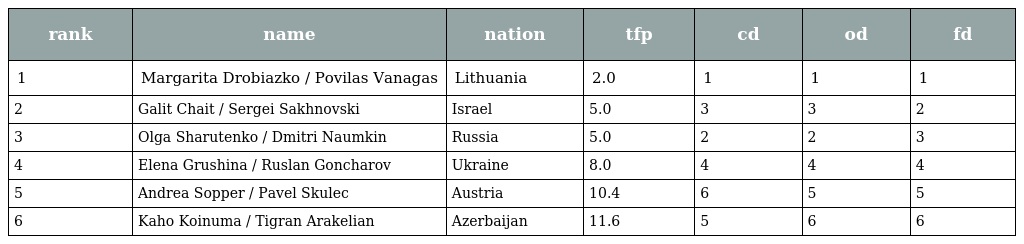
| rank | name | nation | tfp | cd | od | fd |
 | --- | --- | --- | --- | --- | --- | --- |
 | 1 | Margarita Drobiazko / Povilas Vanagas | Lithuania | 2.0 | 1 | 1 | 1 |
 | 2 | Galit Chait / Sergei Sakhnovski | Israel | 5.0 | 3 | 3 | 2 |
 | 3 | Olga Sharutenko / Dmitri Naumkin | Russia | 5.0 | 2 | 2 | 3 |
 | 4 | Elena Grushina / Ruslan Goncharov | Ukraine | 8.0 | 4 | 4 | 4 |
 | 5 | Andrea Sopper / Pavel Skulec | Austria | 10.4 | 6 | 5 | 5 |
 | 6 | Kaho Koinuma / Tigran Arakelian | Azerbaijan | 11.6 | 5 | 6 | 6 |